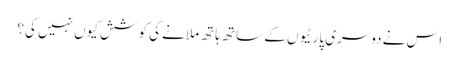
اس نے دوسری پارٹیوں کے ساتھ ہاتھ ملانے کی کوشش کیوں نہیں کی؟